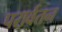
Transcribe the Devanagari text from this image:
परार्वतन